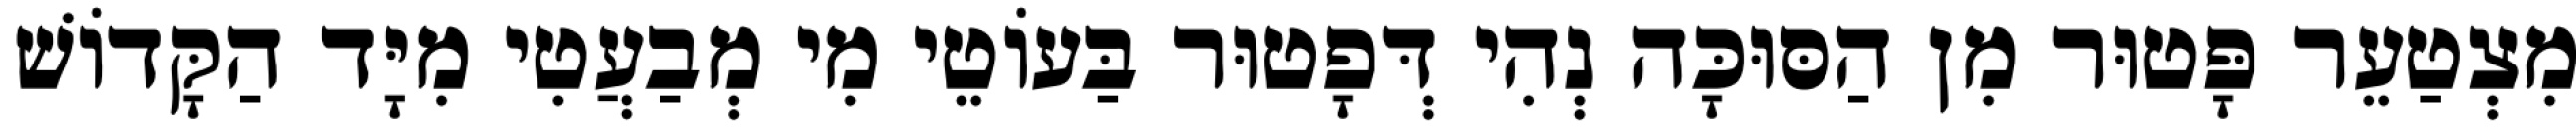
מִצְטַעֵר פָּטוּר מִן הַסּוּכָּה נְהִי דְּפָטוּר בַּעוֹטֵי מִי מְבַעֲטִי מִיָּד הַקָּדוֹשׁ